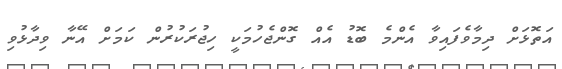
އަތޮޅަށް ދިމާވެފައިވާ އެންމެ ބޮޑު އެއް ގޮންޖެހުމަކީ ހިޖުރަކުރުން ކަަމަށް އޭނާ ވިދާޅުވި